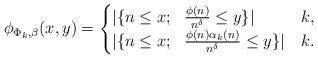
LaTeX: \begin{align*}\phi_{\Phi_k, \beta}(x, y)= \begin{cases} |\{ n \leq x; \ \ \frac{\phi(n)}{n^{\delta} }\leq y\}| & k , \\|\{ n \leq x; \ \ \frac{\phi(n) \alpha_{k}(n) }{n^{\delta} }\leq y\}|& k . \end{cases}\end{align*}